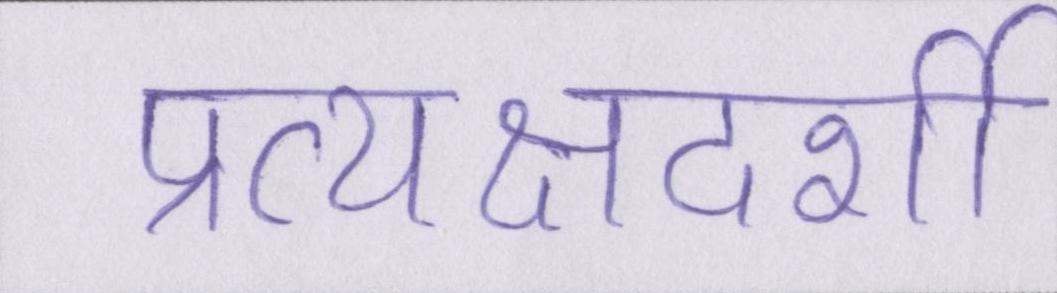
प्रत्यक्षदर्शी